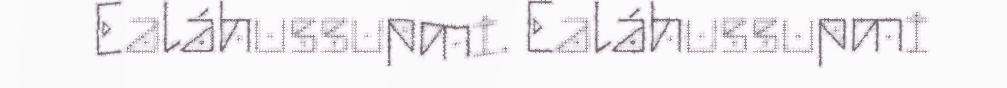
Ealáhussupmi. Ealáhussupmi